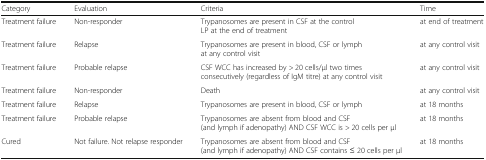
<table><thead><tr><td><b>Category</b></td><td><b>Evaluation</b></td><td><b>Criteria</b></td><td><b>Time</b></td></tr></thead><tbody><tr><td>Treatment failure</td><td>Non-responder</td><td>Trypanosomes are present in CSF at the control LP at the end of treatment</td><td>at end of treatment</td></tr><tr><td>Treatment failure</td><td>Relapse</td><td>Trypanosomes are present in blood, CSF or lymph at any control visit</td><td>at any control visit</td></tr><tr><td>Treatment failure</td><td>Probable relapse</td><td>CSF WCC has increased by &gt; 20 cells/μl two times consecutively (regardless of IgM titre) at any control visit</td><td>at any control visit</td></tr><tr><td>Treatment failure</td><td>Non-responder</td><td>Death</td><td>at any control visit</td></tr><tr><td>Treatment failure</td><td>Relapse</td><td>Trypanosomes are present in blood, CSF or lymph</td><td>at 18 months</td></tr><tr><td>Treatment failure</td><td>Probable relapse</td><td>Trypanosomes are absent from blood and CSF (and lymph if adenopathy) AND CSF WCC is &gt; 20 cells per μl</td><td>at 18 months</td></tr><tr><td>Cured</td><td>Not failure. Not relapse responder</td><td>Trypanosomes are absent from blood and CSF (and lymph if adenopathy) AND CSF contains ≤ 20 cells per μl</td><td>at 18 months</td></tr></tbody></table>